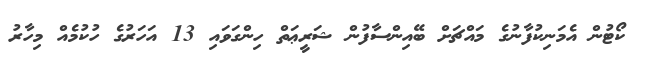
ކޯޓުން އެމަނިކުފާނުގެ މައްޗަށް ބޭއިންސާފުން ޝަރީޢަތް ހިންގަވައި 13 އަހަރުގެ ހުކުމެއް މިހާރު